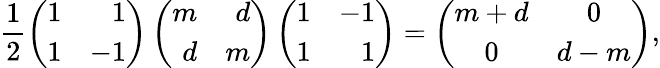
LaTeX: \frac{1}{2}\left(\begin{array}{rr}{{1}}&{{1}}\\ {{1}}&{{-1}}\end{array}\right)\left(\begin{array}{rr}{{m}}&{{d}}\\ {{d}}&{{m}}\end{array}\right)\left(\begin{array}{rr}{{1}}&{{-1}}\\ {{1}}&{{1}}\end{array}\right)=\left(\begin{array}{cc}{{m+d}}&{{0}}\\ {{0}}&{{d-m}}\end{array}\right),